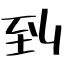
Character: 到